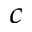
_ c